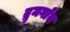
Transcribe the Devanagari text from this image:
द्रुमगाँव